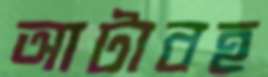
আটাবহ